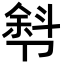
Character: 厁